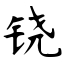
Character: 铙